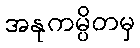
အနုကမ္ပိတမှ